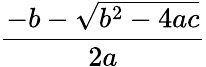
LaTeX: \frac{-b-\sqrt{b^{2}-4ac}}{2a}